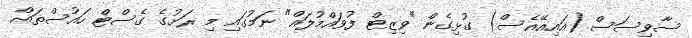
ސާވިސަސް (އައިއޭއެސް) ގުޅިގެން "ވިޒިޓް ފުވައްމުލައް" ނަމުގައި މި ރަށުގެ ގެސްޓް ހައުސްތައް